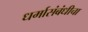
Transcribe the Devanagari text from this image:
धर्मासंबंधीचा